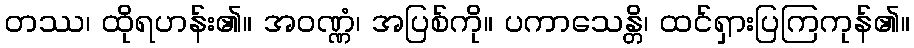
တဿ၊ ထိုရဟန်း၏။ အဝဏ္ဏံ၊ အပြစ်ကို။ ပကာသေန္တိ၊ ထင်ရှားပြကြကုန်၏။